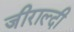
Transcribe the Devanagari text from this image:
जीराल्दी